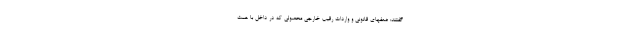
گفتند: ضعفهای قانونی و واردات رقیب خارجیِ محصولی که در داخل با همت